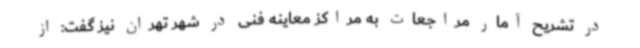
در تشریح آمار مراجعات به مراکز معاینه فنی در شهر تهران نیز گفت: از